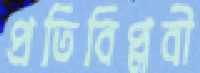
প্রতিবিপ্লবী